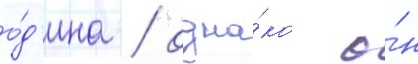
о́д'ина / одна́ко о́н